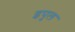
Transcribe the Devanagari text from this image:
इपुल